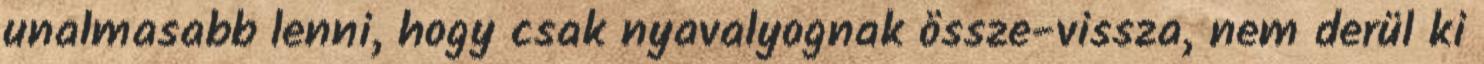
unalmasabb lenni, hogy csak nyavalyognak össze-vissza, nem derül ki